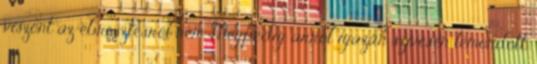
viszont az ébresztésről nem. Mégpedig arról igazán szívesen lemondott